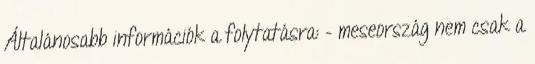
Általánosabb információk a folytatásra: – meseország nem csak a